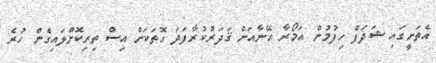
އެތަށީގައި ޝަދަފް ހިފުމުން އަމޯރާ އޭނާއަށް ޤަދަރުކުރާފަދަ ގޮތަކަށް އިސް ތިރިކޮށްލައިގެން ހުރެ